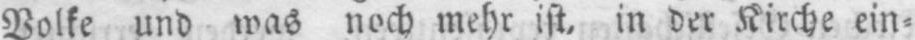
Volke und was noch mehr ist, in der Kirche ein⸗